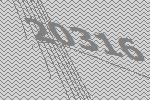
20316